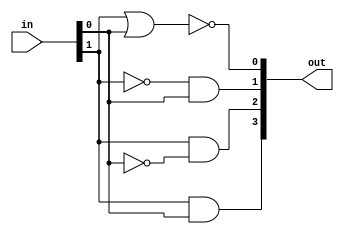
/***** Obarey Inc. *****/   
module convert_to_eq_mux( in, out );
    input[1:0] in;
    output[3:0] out;
    assign out = { (in[1]&in[0]), (in[1]&~in[0]), (~in[1]&in[0]), ~(in[1]|in[0]) };
endmodule